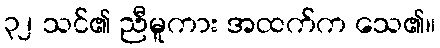
၃၂ သင်၏ ညီမူကား အထက်က သေ၏။